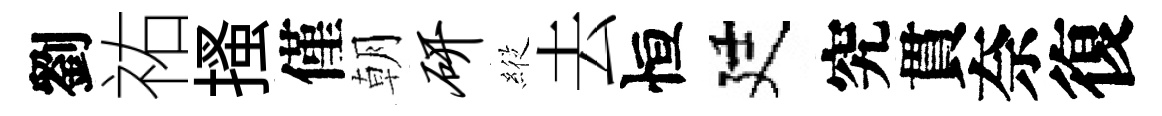
劉祐搔僅朝研𦂵去恒廷究貫奈復